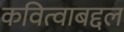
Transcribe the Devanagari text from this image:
कवित्वाबद्दल